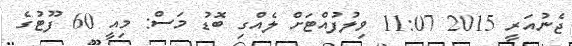
ޖެނުއަރީ 2015 11:07 ވިލުފުއްޓަށް ލެއްގި ބޮޑު މަސް: މިއީ 60 ފޫޓުގެ